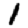
Digit: 1